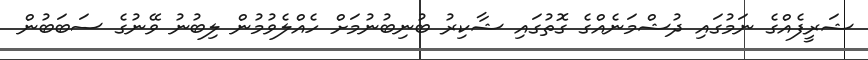
ޝަރީފެއްގެ ނަމުގައި ދުޝްމަނެއްގެ ގޮތުގައި ޝާކިރު ބުނިބުނުމަށް ހެއްލެވުމުން ލިބުނު ވޭނުގެ ސަބަބުން